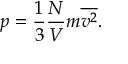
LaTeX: p = { \frac { 1 } { 3 } } { \frac { N } { V } } m { \overline { { v ^ { 2 } } } } .